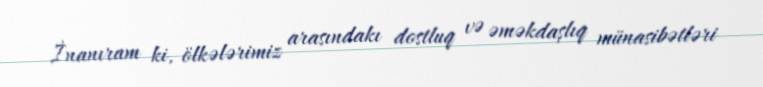
İnanıram ki, ölkələrimiz arasındakı dostluq və əməkdaşlıq münasibətləri